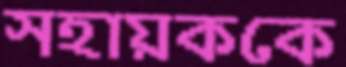
সহায়ককে